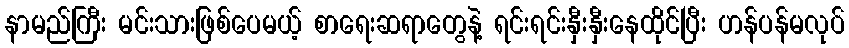
နာမည်ကြီး မင်းသားဖြစ်ပေမယ့် စာရေးဆရာတွေနဲ့ ရင်းရင်းနှီးနှီးနေထိုင်ပြီး ဟန်ပန်မလုပ်